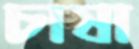
চাষা